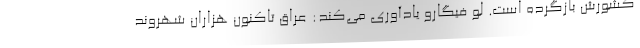
کشورش بازگرده است. لو فیگارو یادآوری می‌کند: عراق تاکنون هزاران شهروند